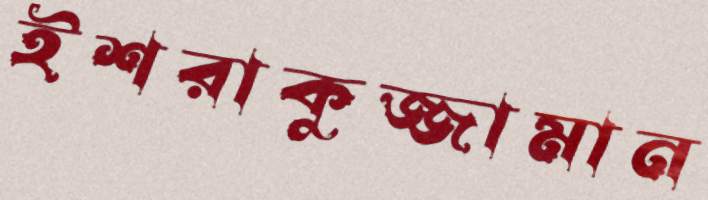
ইশরাকুজ্জামান